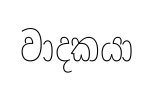
වාදකයා